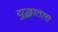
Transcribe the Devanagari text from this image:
युद्धातला